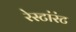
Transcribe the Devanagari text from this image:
रेस्टांरंट